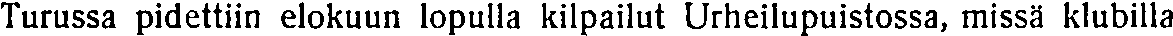
Turussa pidettiin elokuun lopulla kilpailut Urheilupuistossa, missä klubilla